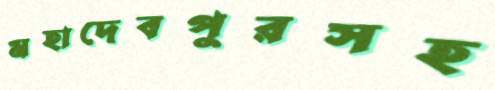
মহাদেবপুরসহ